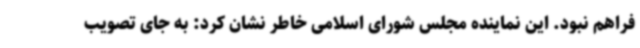
فراهم نبود. این نماینده مجلس شورای اسلامی خاطر نشان کرد: به جای تصویب